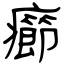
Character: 癤